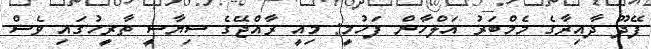
ފޭދޫ ދާއިރާގެ މެމްބަރު އަލްހާން ފަހުމީ: މިއީ ރާއްޖޭގެ ސިޔާސީ ތާރީހުގައި ވެސް